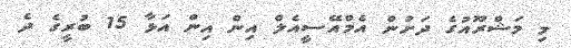
މި މަޝްރޫއުގެ ދަށުން އެމްއޭސީއެލް އިން އިން އަޅާ 15 ބުރީގެ ދެ